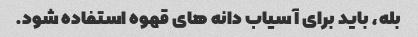
بله، باید برای آسیاب دانه های قهوه استفاده شود.